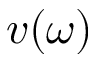
v ( \omega )